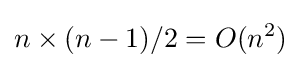
n\times (n-1)/2=O(n^{2})